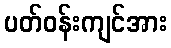
ပတ်ဝန်းကျင်အား